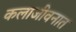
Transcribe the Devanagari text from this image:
कलाजीवनात